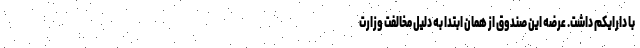
با دارایکم داشت. عرضه این صندوق از همان ابتدا به دلیل مخالفت وزارت